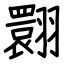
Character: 翾